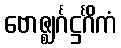
ဗောဇ္ဈင်္ဂဋ္ဌင်္ဂိကံ